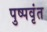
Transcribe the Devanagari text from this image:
पुष्पवृंत